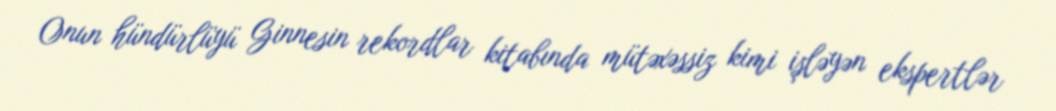
Onun hündürlüyü Ginnesin rekordlar kitabında mütəxəssiz kimi işləyən ekspertlər